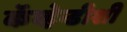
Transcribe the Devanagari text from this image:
कॅव्हेन्डीशी